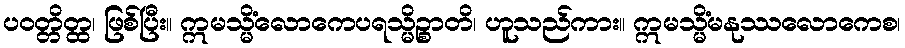
ပဝတ္တိတ္ထ၊ ဖြစ်ပြီး။ ဣမသ္မိံလောကေပရသ္မိဉ္စာတိ၊ ဟူသည်ကား။ ဣမသ္မိံမနုဿလောကေစ၊